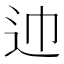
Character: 𰺱